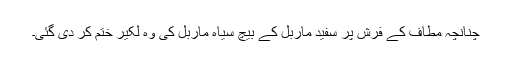
چنانچہ مطاف کے فرش پر سفید ماربل کے بیچ سیاہ ماربل کی وہ لکیر ختم کر دی گئی۔